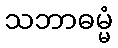
သဘာဓမ္မံ